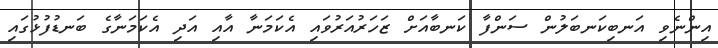
އިންނެވި އަނބިކަނބަލުން ސަންފާ ކަނބާއަށް ޒަހަރުއަރުވައި އެކަމަނާ އާއި އަދި އެކަމަނާގެ ބަނޑުފުޅުގައި